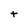
Character: t